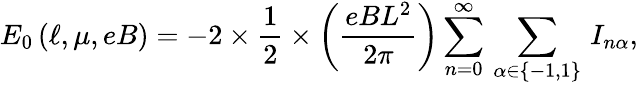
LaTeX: E_{0}\left(\ell,\mu,eB\right)=-2\times\frac{1}{2}\times\left(\frac{eBL^{2}}{2\pi}\right)\sum_{n=0}^{\infty}\, \sum_{\alpha\in\left\{ -1,1\right\} }\, I_{n\alpha},